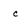
Character: c